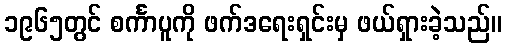
၁၉၆၅တွင် စင်္ကာပူကို ဖက်ဒရေးရှင်းမှ ဖယ်ရှားခဲ့သည်။